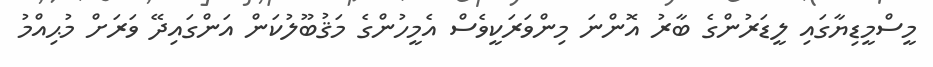
މީސްމީޑިޔާގައި ލީޑަރުންގެ ބާރު އޮންނަ މިންވަރަކީވެސް އެމީހުންގެ މަޤުބޫލުކަން އަންގައިދޭ ވަރަށް މުޙިއްމު